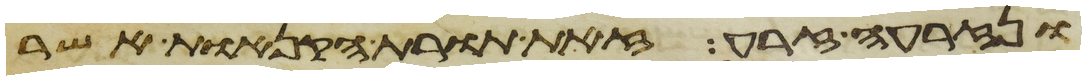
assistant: ונזרעה זרע זאת תורת הקנאת אשר